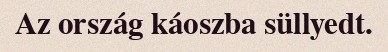
Az ország káoszba süllyedt.